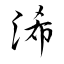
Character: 浠